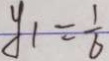
y _ { 1 } = \frac { 1 } { 6 }